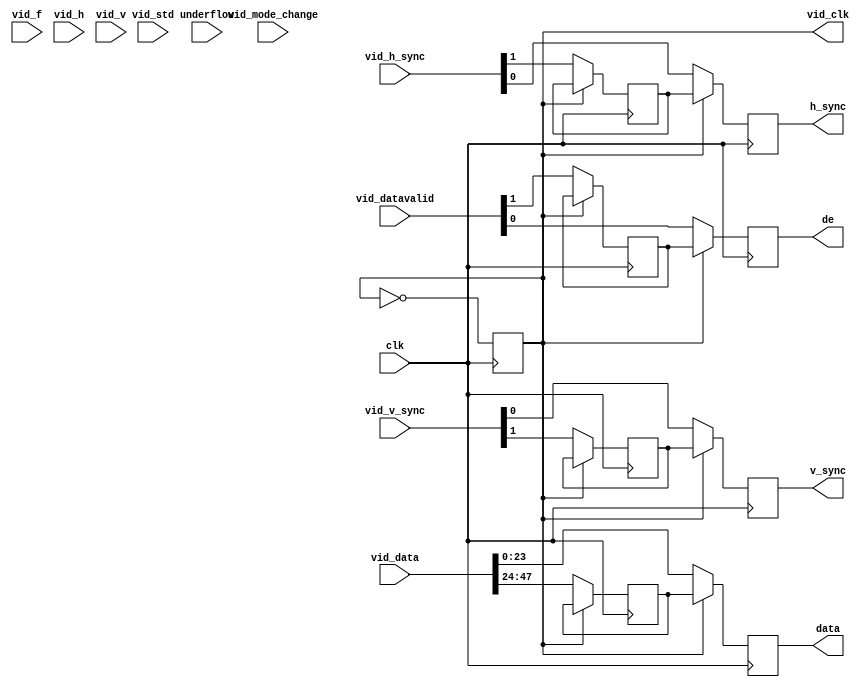
// out_mix.v

`timescale 1 ps / 1 ps
module out_mix (
		input  wire        clk,             // Output.clk
		output reg         de,              //       .de
		output reg         h_sync,          //       .h_sync
		output reg         v_sync,          //       .v_sync
		output reg  [23:0] data,            //       .data
		output reg         vid_clk,         //  input.vid_clk
		input  wire [1:0]  vid_datavalid,   //       .vid_datavalid
		input  wire [1:0]  vid_h_sync,      //       .vid_h_sync
		input  wire [1:0]  vid_v_sync,      //       .vid_v_sync
		input  wire [47:0] vid_data,        //       .vid_data
		input  wire        underflow,       //       .underflow
		input  wire        vid_mode_change, //       .vid_mode_change
		input  wire [1:0]  vid_std,         //       .vid_std
		input  wire [1:0]  vid_f,           //       .vid_f
		input  wire [1:0]  vid_h,           //       .vid_h
		input  wire [1:0]  vid_v            //       .vid_v
	);

	reg        r_de;
	reg        r_h_sync;
	reg        r_v_sync;
	reg [23:0] r_data;
	
	always @(posedge clk) begin
		vid_clk <= ~vid_clk;
		
		if(~vid_clk) begin
			{r_de,de} <= vid_datavalid;
			{r_h_sync, h_sync} <= vid_h_sync;
			{r_v_sync, v_sync} <= vid_v_sync;
			{r_data, data} <= vid_data;
		end else begin
			de <= r_de;
			h_sync <= r_h_sync;
			v_sync <= r_v_sync;
			data <= r_data;
		end
	end

endmodule